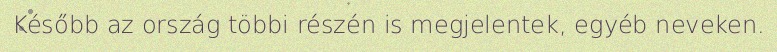
Később az ország többi részén is megjelentek, egyéb neveken.